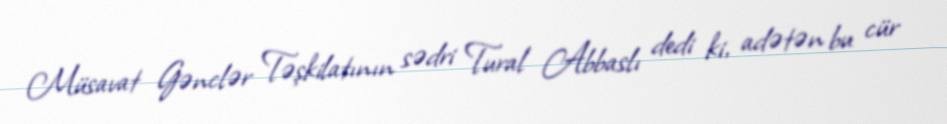
Müsavat Gənclər Təşkilatının sədri Tural Abbaslı dedi ki, adətən bu cür